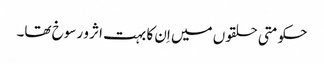
حکومتی حلقوں میں اِن کا بہت اثر و رسوخ تھا۔